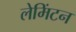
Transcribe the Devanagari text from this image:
लेमिंटन